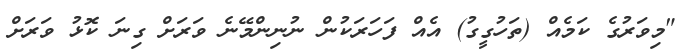
"މިވަރުގެ ކަމެއް (ތަހުގީގު) އެއް ފަހަރަކުން ނުނިންމޭނެ ވަރަށް ގިނަ ކޮޅު ވަރަށް